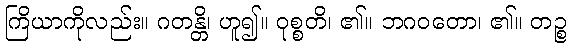
ကြိယာကိုလည်း။ ဂတန္တိ၊ ဟူ၍။ ဝုစ္စတိ၊ ၏။ ဘဂဝတော၊ ၏။ တဉ္စ